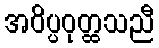
အဝိပ္ပဝုတ္ထသညီ